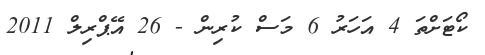
ކޯޓަށްތަ 4 އަހަރު 6 މަސް ކުރިން - 26 އޭޕްރިލް 2011